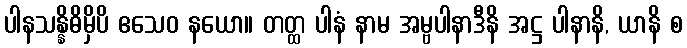
ပါနသန္နိဓိမှိပိ ဧသေဝ နယော။ တတ္ထ ပါနံ နာမ အမ္ဗပါနာဒီနိ အဋ္ဌ ပါနာနိ, ယာနိ စ